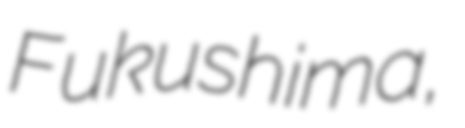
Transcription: Fukushima,